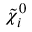
{ \tilde { \chi } } _ { i } ^ { 0 }